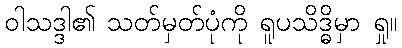
ဝါသဒ္ဒါ၏ သတ်မှတ်ပုံကို ရူပသိဒ္ဓိမှာ ရှု။